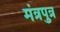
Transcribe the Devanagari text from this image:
मंत्रपुत्र